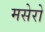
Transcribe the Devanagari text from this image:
मसेरो